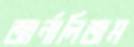
জার্নালিজম